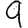
Digit: 9